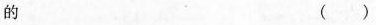
的 （）